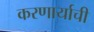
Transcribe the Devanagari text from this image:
करणार्याची